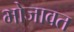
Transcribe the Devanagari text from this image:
भोजावत